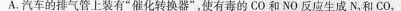
A.汽车的排气管上装有”催化转换器”，使有毒的CO和NO反应生成N_{2}和CO_{2}.